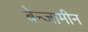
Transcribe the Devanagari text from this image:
बेन्जामीन